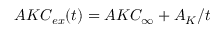
A K C _ { e x } ( t ) = A K C _ { \infty } + A _ { K } / t